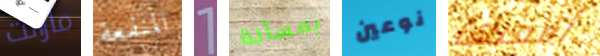
مازالت المنفعة 1 بمسألة نوعين أفعلها